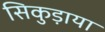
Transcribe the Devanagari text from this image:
सिकुड़ाया